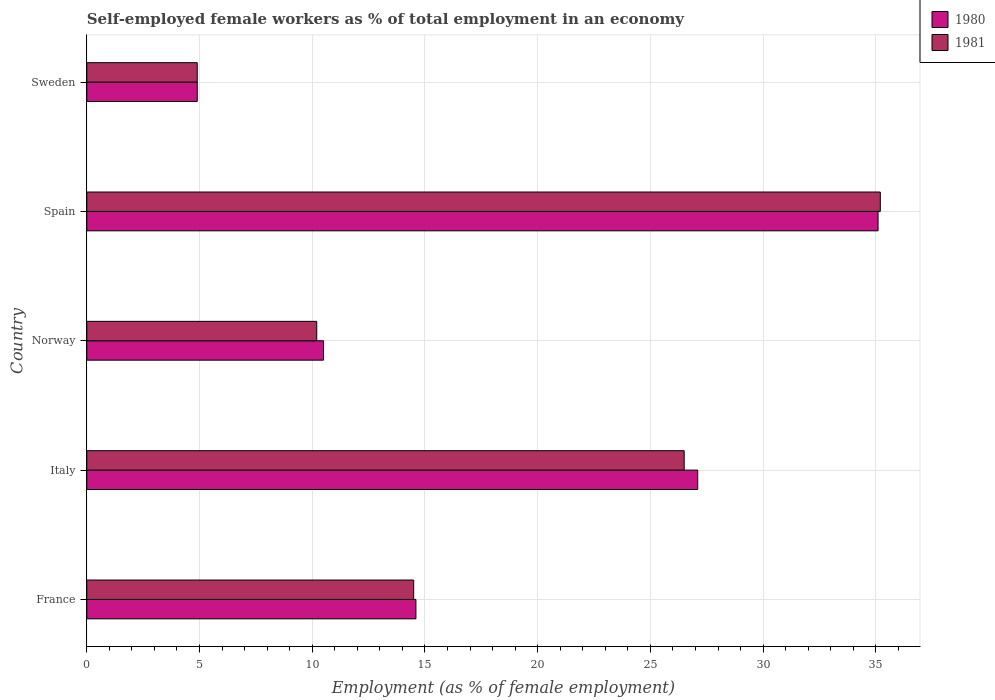
| Country | 1980 | 1981 |
 | --- | --- | --- |
 | France | 14.6 | 14.5 |
 | Italy | 27.1 | 26.5 |
 | Norway | 10.5 | 10.2 |
 | Spain | 35.1 | 35.2 |
 | Sweden | 4.9 | 4.9 |